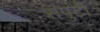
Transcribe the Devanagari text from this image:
संपुटी